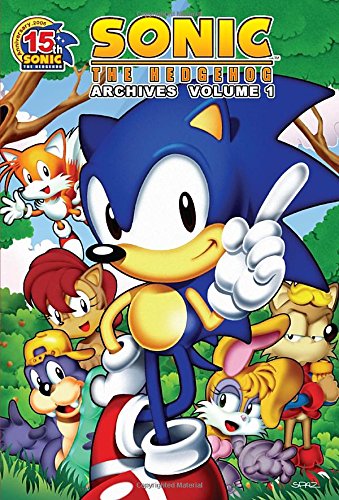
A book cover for Sonic the Hedgehog Archives, Vol. 1; Sonic Scribes; Children's Books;